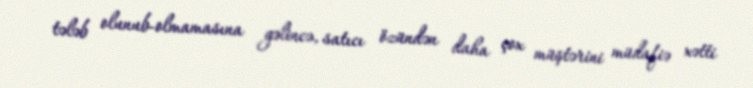
tələb olunub-olmamasına gəlincə, satıcı özündən daha çox müştərini müdafiə xətti